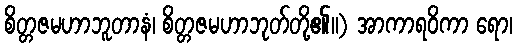
စိတ္တဇမဟာဘူတာနံ၊ စိတ္တဇမဟာဘုတ်တို့၏။) အာကာရဝိကာ ရော၊